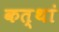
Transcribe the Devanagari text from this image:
कत्थां